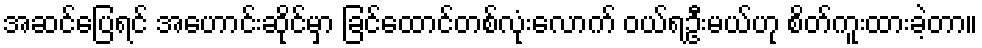
အဆင်ပြေရင် အဟောင်းဆိုင်မှာ ခြင်ထောင်တစ်လုံးလောက် ဝယ်ရဦးမယ်ဟု စိတ်ကူးထားခဲ့တာ။